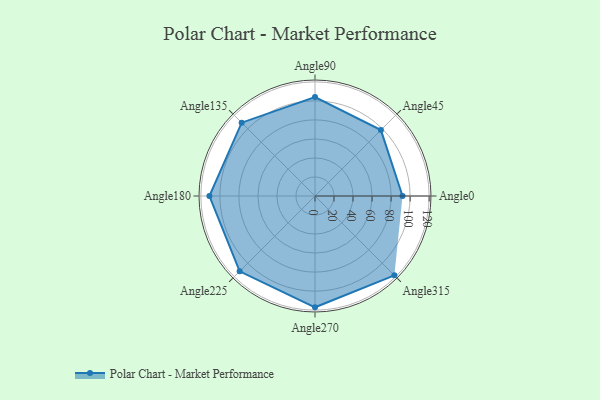
{"axis": {"x": "Angle", "y": "Radius"}, "legend": [""], "data": [{"x": "Angle0", "y": 92.0, "type": ""}, {"x": "Angle45", "y": 98.0, "type": ""}, {"x": "Angle90", "y": 104.0, "type": ""}, {"x": "Angle135", "y": 109.0, "type": ""}, {"x": "Angle180", "y": 111.0, "type": ""}, {"x": "Angle225", "y": 112.0, "type": ""}, {"x": "Angle270", "y": 117.0, "type": ""}, {"x": "Angle315", "y": 118.0, "type": ""}]}